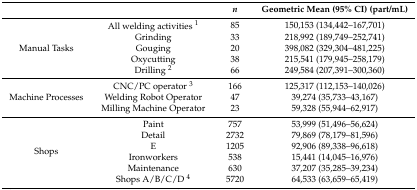
|  |  | n | Geometric Mean (95% CI) (part/mL) |
 | --- | --- | --- | --- |
 | <ROWSPAN=5> Manual Tasks | All welding activities 1 | 85 | 150,153 (134,442–167,701) |
 | Grinding | 33 | 218,992 (189,749–252,741) |
 | Gouging | 20 | 398,082 (329,304–481,225) |
 | Oxycutting | 38 | 215,541 (179,945–258,179) |
 | Drilling 2 | 66 | 249,584 (207,391–300,360) |
 |  | CNC/PC operator 3 | 166 | 125,317 (112,153–140,026) |
 | Machine Processes | Welding Robot Operator | 47 | 39,274 (35,733–43,167) |
 |  | Milling Machine Operator | 23 | 59,328 (55,944–62,917) |
 | <ROWSPAN=6> Shops | Paint | 757 | 53,999 (51,496–56,624) |
 | Detail | 2732 | 79,869 (78,179–81,596) |
 | E | 1205 | 92,906 (89,338–96,618) |
 | Ironworkers | 538 | 15,441 (14,045–16,976) |
 | Maintenance | 630 | 37,207 (35,285–39,234) |
 | Shops A/B/C/D 4 | 5720 | 64,533 (63,659–65,419) |